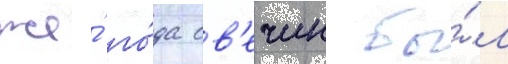
же́ го́да св'ечин бы́л